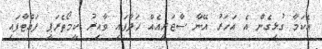
އެކަމާ ގުޅިގެން އެ އަހަރު އޭނާ ސާޖަރީއެއް ހަދާފައި ވާއިރު ކީމޯތެރަޕީ ފައްޓާފައި